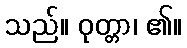
သည်။ ဝုတ္တာ၊ ၏။